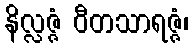
နိလ္လဇ္ဇံ ဝီတသာရဇ္ဇံ၊